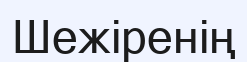
Шежіренің